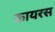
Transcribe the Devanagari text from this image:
कायरस